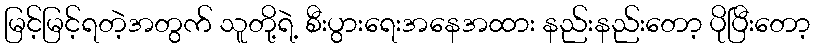
မြင့်မြင့်ရတဲ့အတွက် သူတို့ရဲ့ စီးပွားရေးအနေအထား နည်းနည်းတော့ ပိုပြီးတော့